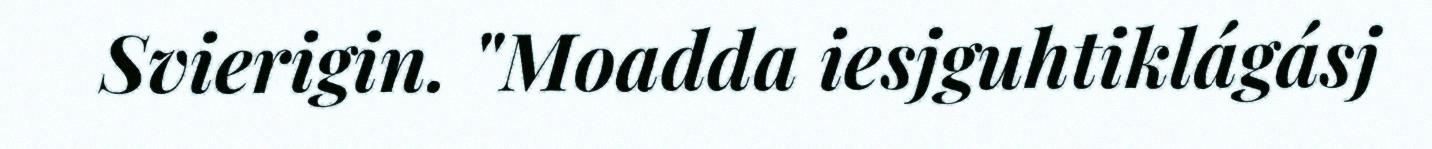
Svierigin. "Moadda iesjguhtiklágásj